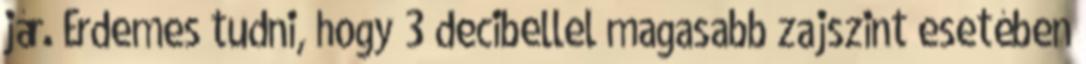
jár. Érdemes tudni, hogy 3 decibellel magasabb zajszint esetében